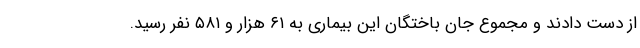
از دست دادند و مجموع جان باختگان این بیماری به ۶۱ هزار و ۵۸۱ نفر رسید.